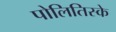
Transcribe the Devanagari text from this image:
पोलितिस्के